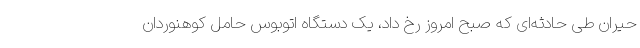
حیران طی حادثه‌ای که صبح امروز رخ داد، یک دستگاه اتوبوس حامل کوهنوردان